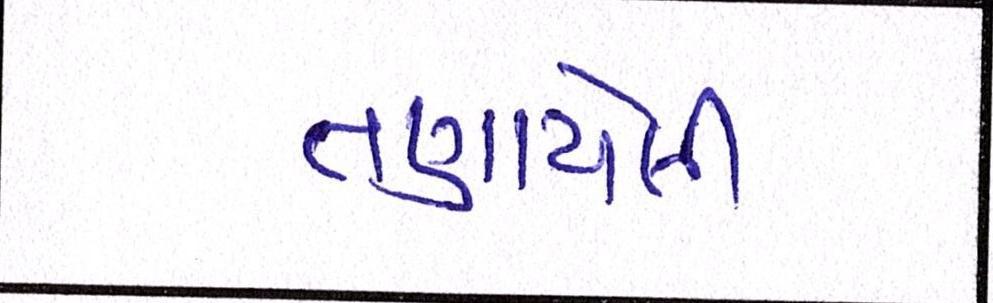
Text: તણાયેલી